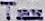
TAX